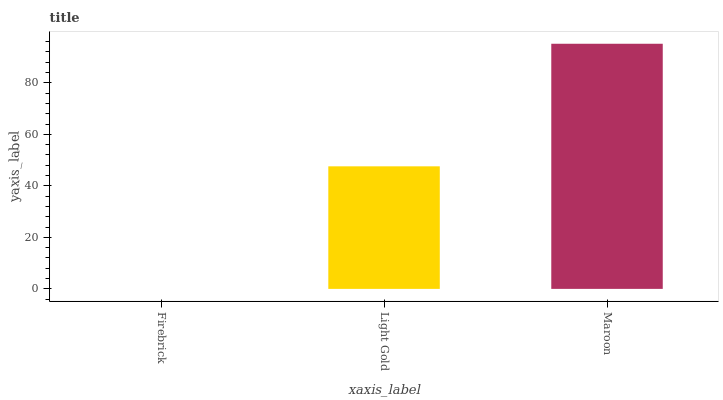
| xaxis_label | bars |
 | --- | --- |
 | Firebrick | 0 |
 | Light Gold | 47.6 |
 | Maroon | 95.2 |